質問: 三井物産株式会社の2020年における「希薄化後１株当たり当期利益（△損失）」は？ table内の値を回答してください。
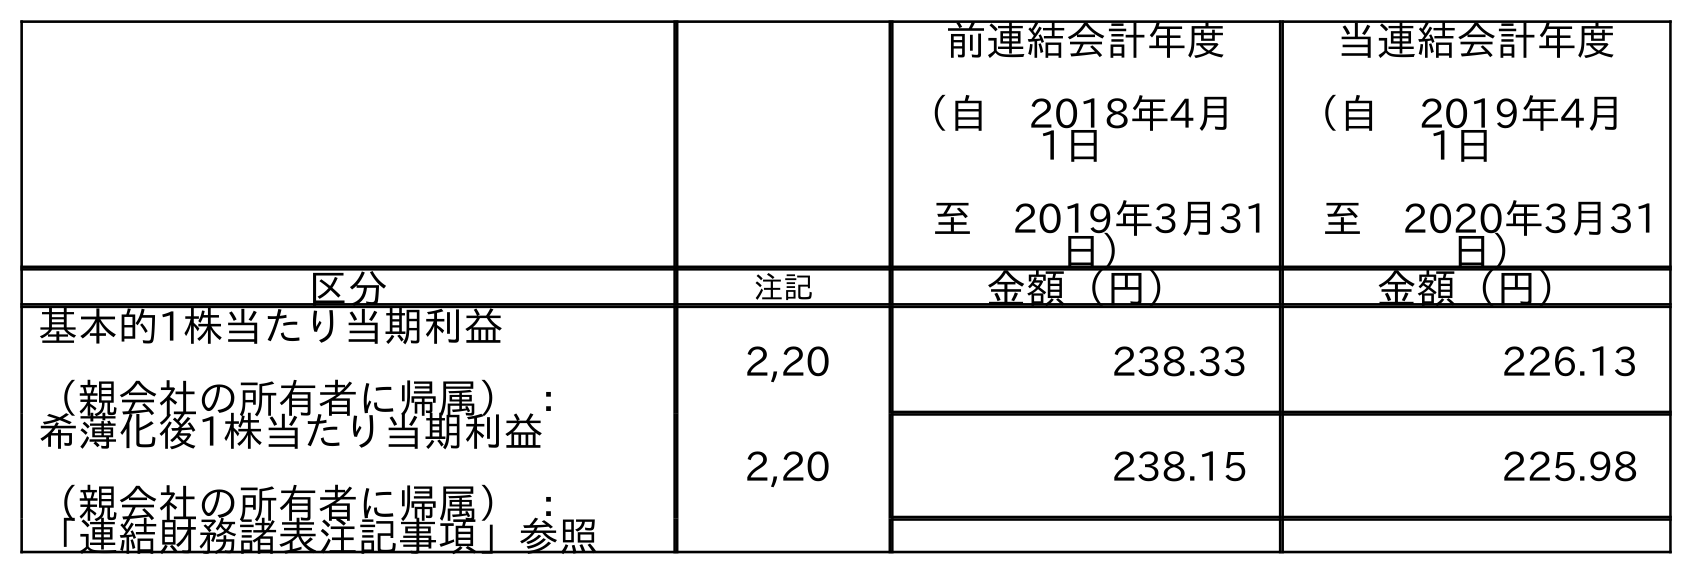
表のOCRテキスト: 前連結会計年度 （自 2018年4月 1日 至 2019年3月31 日） 当連結会計年度 （自 2019年4月 1日 至 2020年3月31 日） 区分 注記 金額（円） 金額（円） 基本的1株当たり当期利益 （親会社の所有者に帰属） ： 2,20 238.33 226.13 希薄化後1株当たり当期利益 （親会社の所有者に帰属） ： 2,20 238.15 225.98 「連結財務諸表注記事項」参照
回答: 225.98